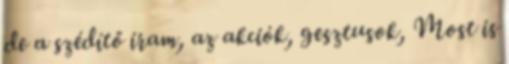
de a szédítő iram, az akciók, gesztusok, Most is